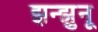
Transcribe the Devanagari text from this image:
झन्झुनू